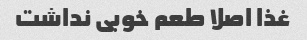
غذا اصلا طعم خوبی نداشت